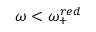
\omega < \omega _ { + } ^ { r e d }